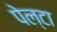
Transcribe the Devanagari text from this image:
पेल्टा